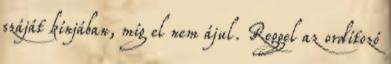
száját kínjában, míg el nem ájul. Reggel az ordítozó